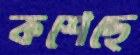
কশেছে